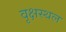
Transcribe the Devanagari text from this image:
वृक्षस्थल